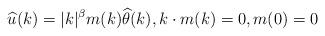
LaTeX: \begin{align*}\widehat{u}(k)=|k|^\beta m(k) \widehat{\theta}(k), k\cdot m(k)=0, m(0)=0\end{align*}